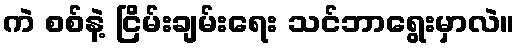
ကဲ စစ်နဲ့ ငြိမ်းချမ်းရေး သင်ဘာရွေးမှာလဲ။